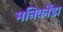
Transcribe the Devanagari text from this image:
मनिकोंडा